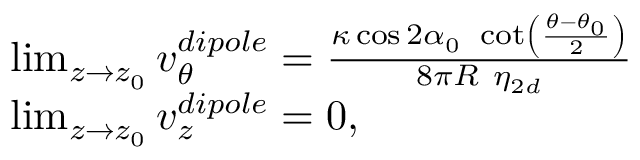
\begin{array} { r l } & { \operatorname* { l i m } _ { z \rightarrow z _ { 0 } } v _ { \theta } ^ { d i p o l e } = \frac { \kappa \cos 2 \alpha _ { 0 } ~ \cot \left( \frac { \theta - \theta _ { 0 } } { 2 } \right) } { 8 \pi R ~ \eta _ { 2 d } } } \\ & { \operatorname* { l i m } _ { z \rightarrow z _ { 0 } } v _ { z } ^ { d i p o l e } = 0 , } \end{array}